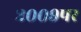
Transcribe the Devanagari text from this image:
२००९पर